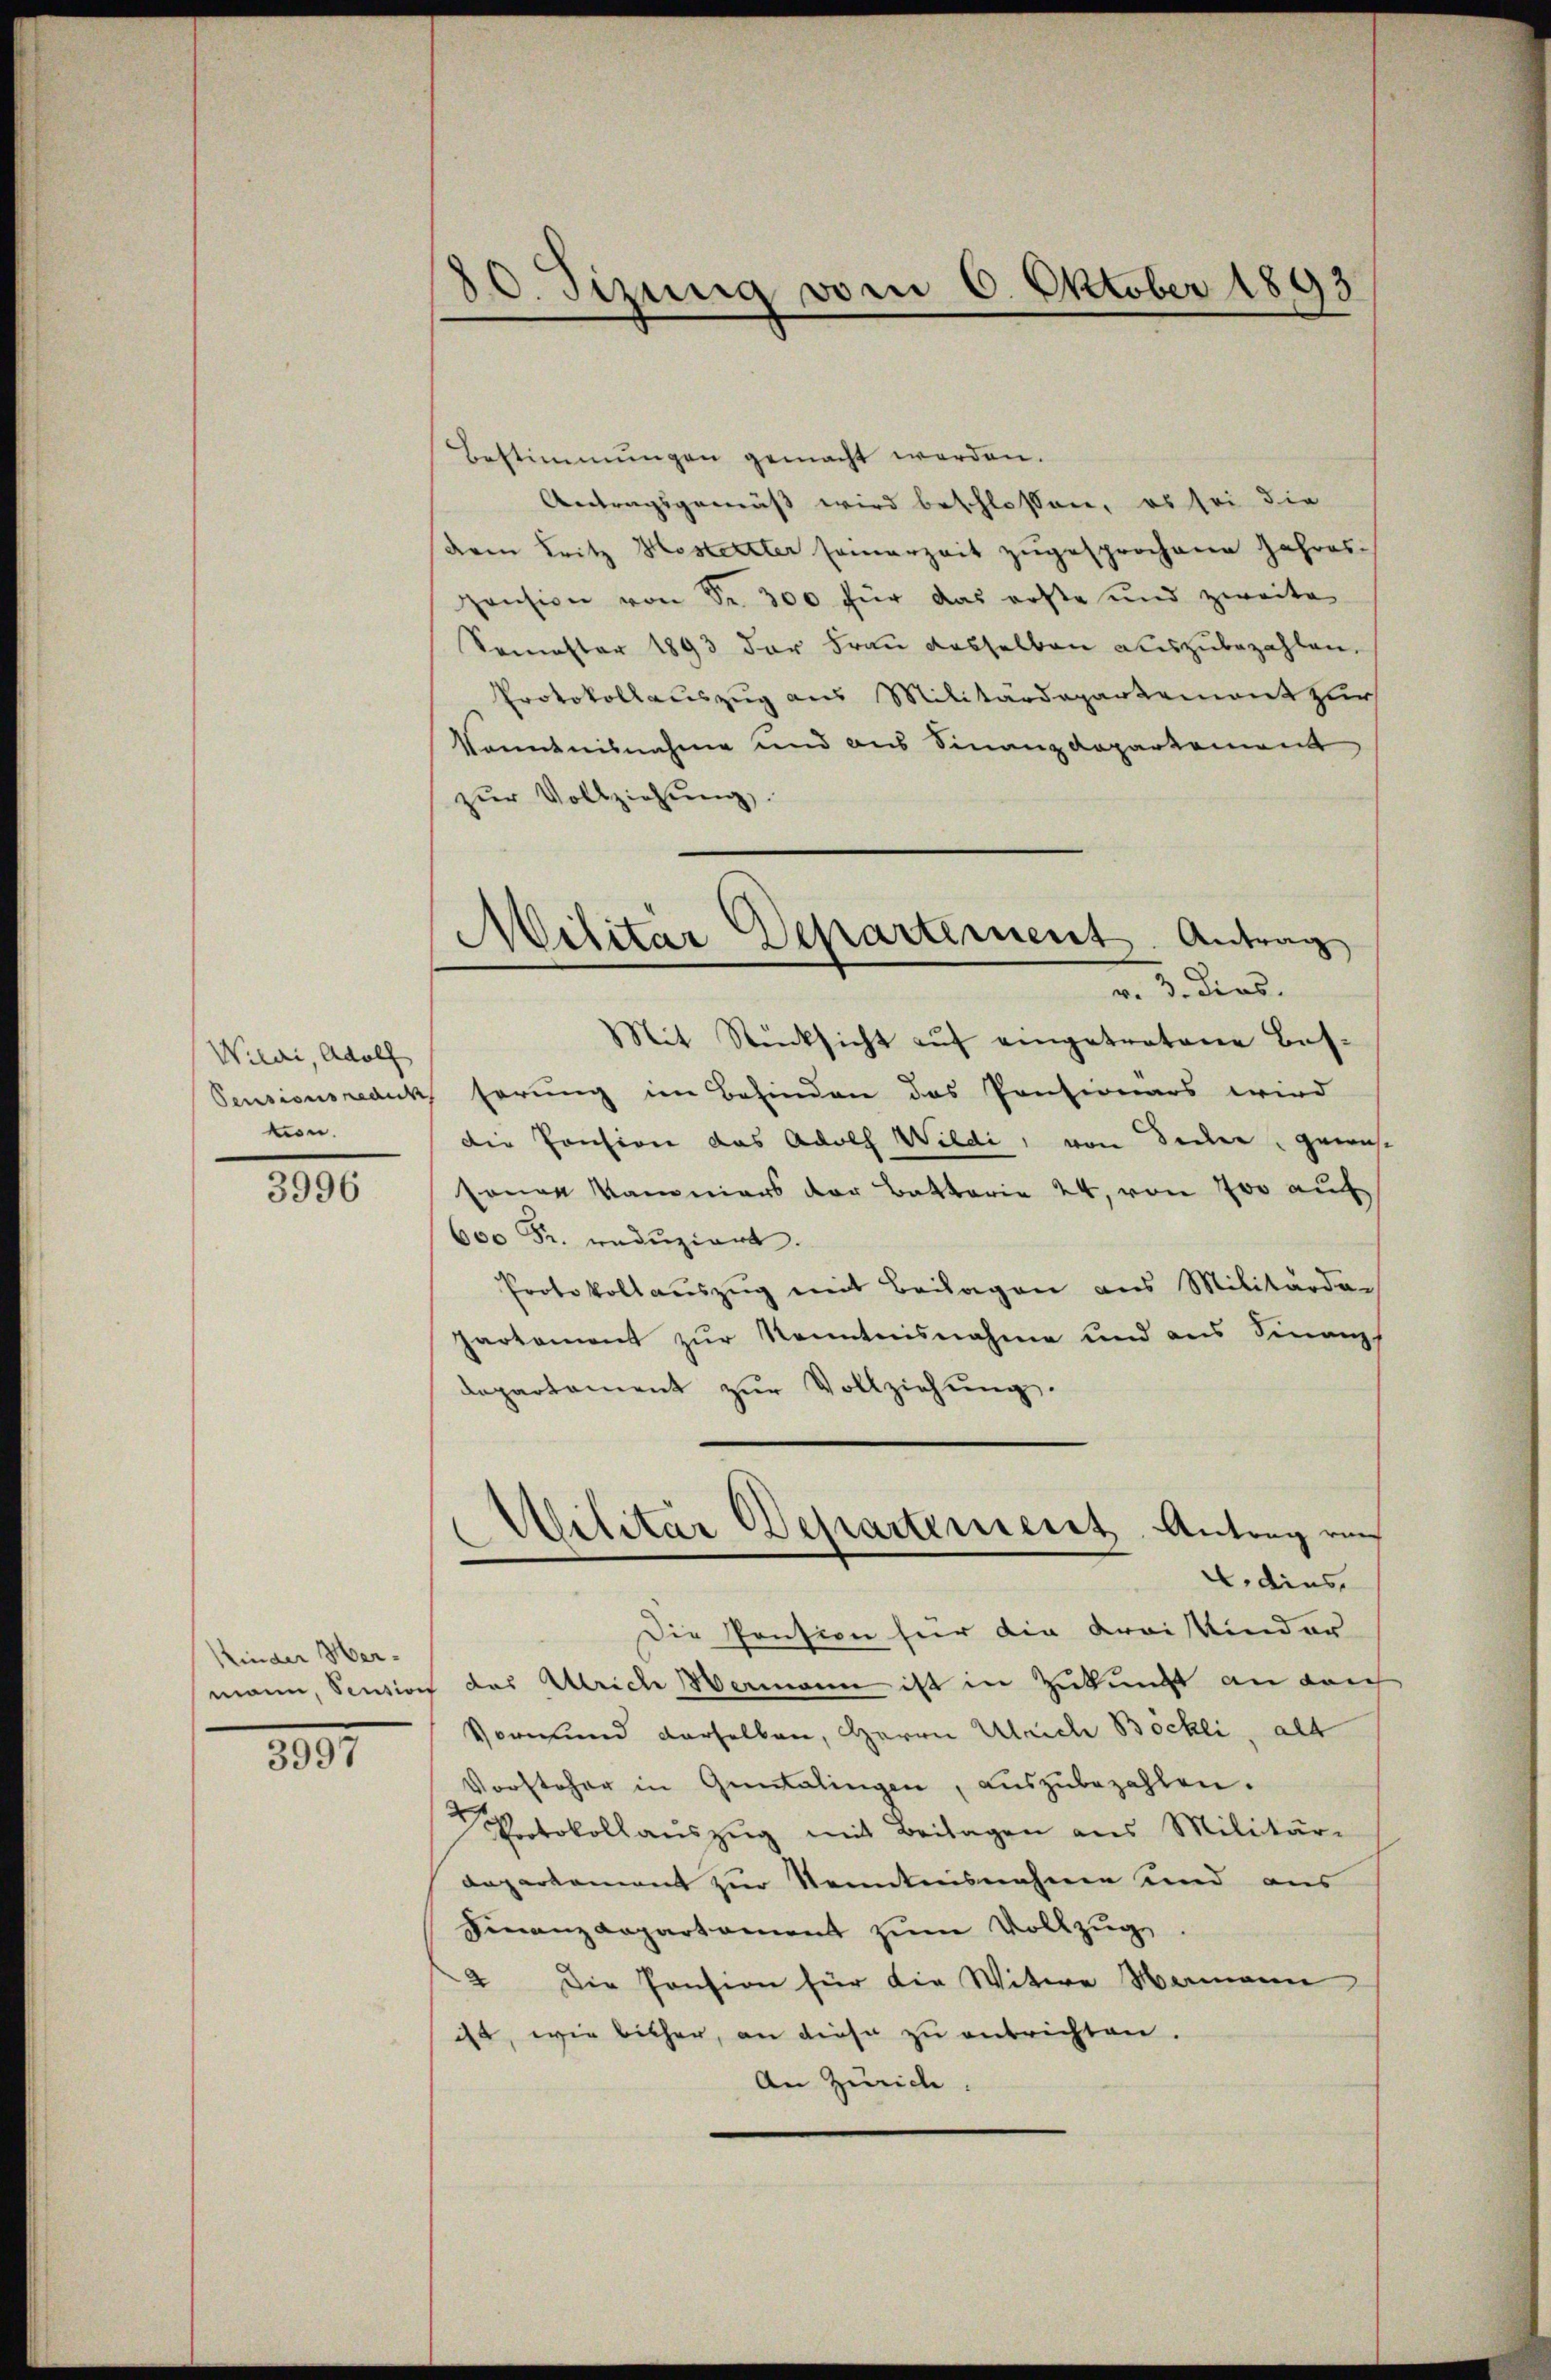
Wilii, Adolf
Pensionsredeck
ton.

3996

Kinder Her-

1891

80. Sizung vom 6. Oktober 1893

Militar Departement. Antrag
v. 3. dies.

Bestimmungen gemacht worden.
Antragsgemäß wird beschlossen, es sei die
deren Leitz Hostetter seinerzeit zugesprochene Jahres
Hansion von Fr. 300 für das erste und zweite
Somester 1893 der Frau dasselben auszubezahlen.
Protokollauszug aus Militärdepartement zur
Kenntnisnahme und aus Finanzdepartement
zŭr Vollziehŭng.
Mit Rücksicht aŭf eingetretene Bes-
serung im Befinden das Pensionärs wird
die Pension das Adolf Wildi, von Decken, gewis-
sonen Kammers der Battarie 24. von 700 auf
600 Fr. reduziert.
Protokoll aŭszŭg mit Beilagen aus Militärder
partament zur Kenntnisnahme und aus Finanz
departament zŭr Vollziehung.
Wilitar Departement. Antrag von
4. dies
Die Pension für die Kraiskinder
mann, Sention des Ulrich Wermann ist in Zukunft an dich
Vormund derselben, Herrn Ulrich Böckli, alt
Vorsteher in Guntalingen, aŭszŭbezahlen.
Notokollaŭszŭg mit Beilagen aus Militär-
departement zur Kenntnisnahme und aus
Finanzdepartament zum Vollzug
2 Die Pension für die Witwe Mamann
ist, wie bisher, an diese zu entrichten.
An Zürich.